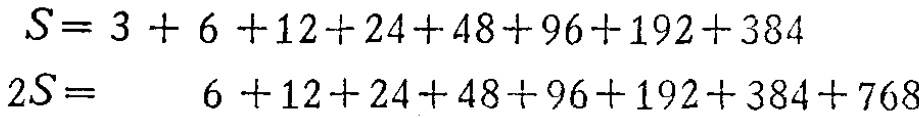
\[

\begin{align*}

S&=3 + 6 + 12+24+48+96+192+384\\

2S&=\quad 6 + 12+24+48+96+192+384+768

\end{align*}

\]